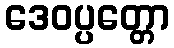
ဒေဝပ္ပတ္တော